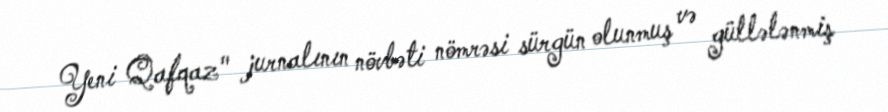
Yeni Qafqaz" jurnalının növbəti nömrəsi sürgün olunmuş və güllələnmiş